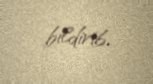
bildirib.